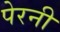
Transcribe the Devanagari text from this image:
पेरनी